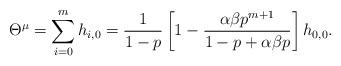
LaTeX: \begin{align*}\Theta^{\mu} = \sum_{i=0}^{m}h_{i,0}=\frac{1}{1-p}\left[1-\frac{\alpha \beta p^{m+1}}{1-p+\alpha \beta p}\right]h_{0,0}.\end{align*}